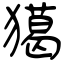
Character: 獦